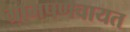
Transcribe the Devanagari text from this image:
ग्रामपणचायत